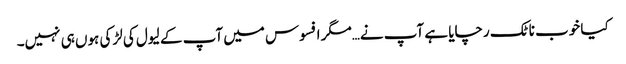
کیا خوب ناٹک رچایا ہے آپ نے…مگر افسوس میں آپ کے لیول کی لڑکی ہوں ہی نہیں۔